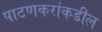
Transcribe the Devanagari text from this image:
पाटणकरांकडील